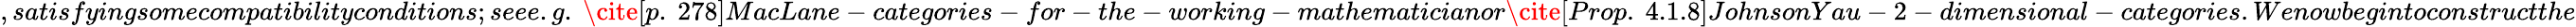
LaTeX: ,satisfyingsomecompatibilityconditions;seee.g.\ \cite[p.~278]{MacLane-categories-for-the-working-mathematician}or\cite[Prop.~4.1.8]{JohnsonYau-2-dimensional-categories}.Wenowbegintoconstructthe